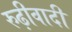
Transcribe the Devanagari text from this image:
रुढ़ीवादी